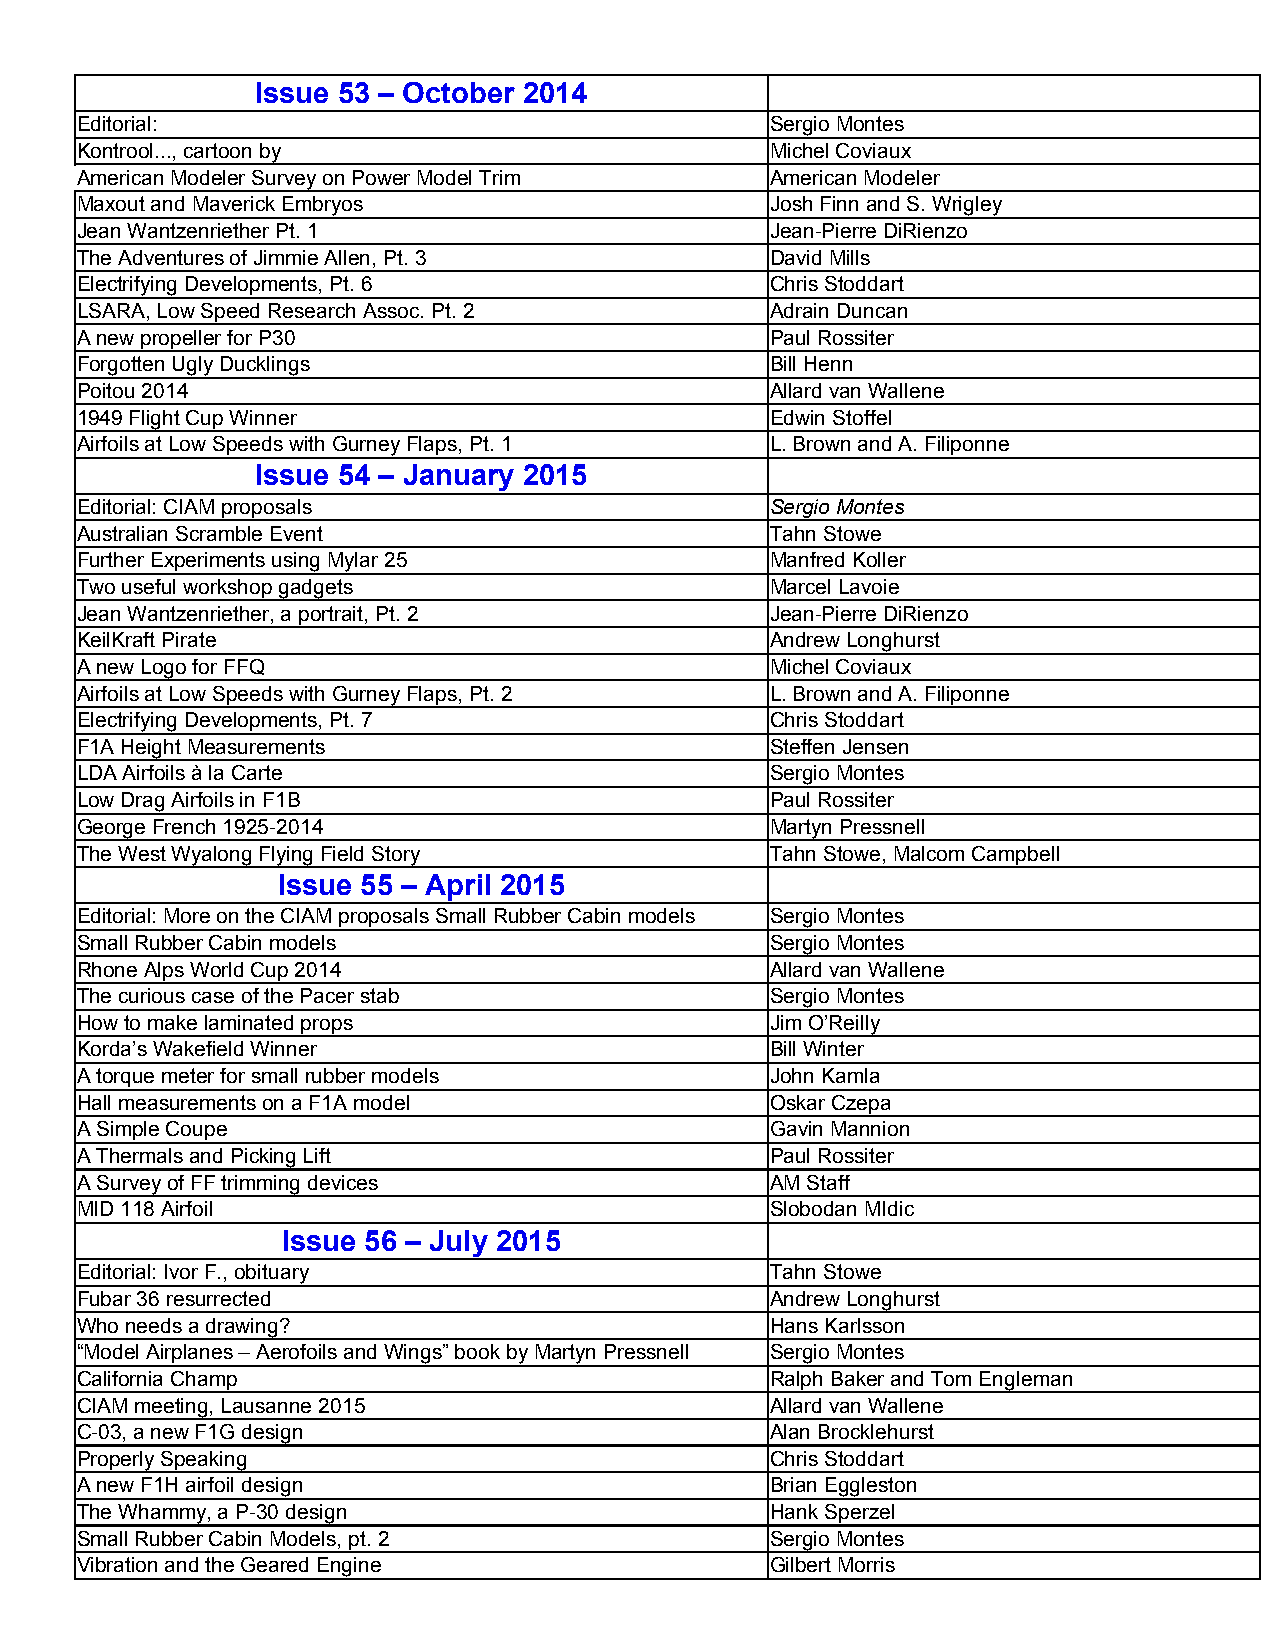
Issue 53 – October 2014
 Editorial:                                    Sergio Montes
 Kontrool..., cartoon by                       Michel Coviaux
 American Modeler Survey on Power Model Trim   American Modeler
 Maxout and Maverick Embryos                   Josh Finn and S. Wrigley
 Jean Wantzenriether Pt. 1                     Jean-Pierre DiRienzo
 The Adventures of Jimmie Allen, Pt. 3         David Mills
 Electrifying Developments, Pt. 6              Chris Stoddart
 LSARA, Low Speed Research Assoc. Pt. 2        Adrain Duncan
 A new propeller for P30                       Paul Rossiter
 Forgotten Ugly Ducklings                      Bill Henn
 Poitou 2014                                   Allard van Wallene
 1949 Flight Cup Winner                        Edwin Stoffel
 Airfoils at Low Speeds with Gurney Flaps, Pt. 1 L. Brown and A. Filiponne
 Issue 54 – January 2015
 Editorial: CIAM proposals                     Sergio Montes
 Australian Scramble Event                     Tahn Stowe
 Further Experiments using Mylar 25            Manfred Koller
 Two useful workshop gadgets                   Marcel Lavoie
 Jean Wantzenriether, a portrait, Pt. 2        Jean-Pierre DiRienzo
 KeilKraft Pirate                              Andrew Longhurst
 A new Logo for FFQ                            Michel Coviaux
 Airfoils at Low Speeds with Gurney Flaps, Pt. 2 L. Brown and A. Filiponne
 Electrifying Developments, Pt. 7              Chris Stoddart
 F1A Height Measurements                       Steffen Jensen
 LDA Airfoils à la Carte                       Sergio Montes
 Low Drag Airfoils in F1B                      Paul Rossiter
 George French 1925-2014                       Martyn Pressnell
 The West Wyalong Flying Field Story           Tahn Stowe, Malcom Campbell
 Issue 55 – April 2015
 Editorial: More on the CIAM proposals Small Rubber Cabin models Sergio Montes
 Small Rubber Cabin models                     Sergio Montes
 Rhone Alps World Cup 2014                     Allard van Wallene
 The curious case of the Pacer stab            Sergio Montes
 How to make laminated props                   Jim O’Reilly
 Korda’s Wakefield Winner                      Bill Winter
 A torque meter for small rubber models        John Kamla
 Hall measurements on a F1A model              Oskar Czepa
 A Simple Coupe                                Gavin Mannion
 A Thermals and Picking Lift                   Paul Rossiter
 A Survey of FF trimming devices               AM Staff
 MID 118 Airfoil                               Slobodan MIdic
 Issue 56 – July 2015
 Editorial: Ivor F., obituary                  Tahn Stowe
 Fubar 36 resurrected                          Andrew Longhurst
 Who needs a drawing?                          Hans Karlsson
 “Model Airplanes – Aerofoils and Wings” book by Martyn Pressnell Sergio Montes
 California Champ                              Ralph Baker and Tom Engleman
 CIAM meeting, Lausanne 2015                   Allard van Wallene
 C-03, a new F1G design                        Alan Brocklehurst
 Properly Speaking                             Chris Stoddart
 A new F1H airfoil design                      Brian Eggleston
 The Whammy, a P-30 design                     Hank Sperzel
 Small Rubber Cabin Models, pt. 2              Sergio Montes
 Vibration and the Geared Engine               Gilbert Morris